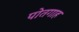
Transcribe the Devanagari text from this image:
पोतगाह